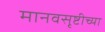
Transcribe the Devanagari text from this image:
मानवसृष्टीच्या